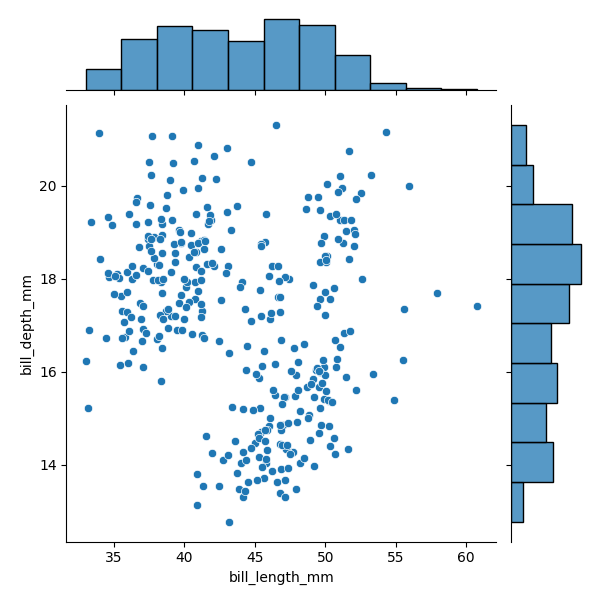
python, seaborn, JointGrid, scatterplot, histplot